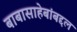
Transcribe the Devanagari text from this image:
बाबासाहेबांबद्दल